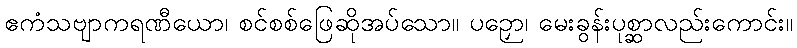
ဧကံသဗျာကရဏီယော၊ စင်စစ်ဖြေဆိုအပ်သော။ ပဉှော၊ မေးခွန်းပုစ္ဆာလည်းကောင်း။